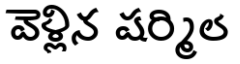
వెళ్లిన షర్మిల